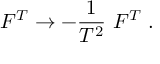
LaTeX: F ^ { T } \rightarrow - { \frac { 1 } { T ^ { 2 } } } ~ F ^ { T } \; .